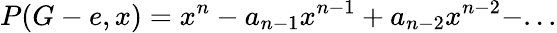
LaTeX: P(G-e,x)=x^{n}-a_{n-1}x^{n-1}+a_{n-2}x^{n-2}-...